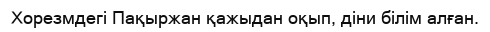
Хорезмдегі Пақыржан қажыдан оқып, діни білім алған.